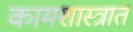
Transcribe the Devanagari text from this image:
कामशास्त्रात